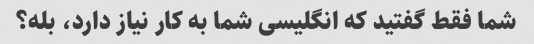
شما فقط گفتید که انگلیسی شما به کار نیاز دارد، بله؟